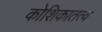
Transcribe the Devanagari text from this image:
कोशिकातत्व